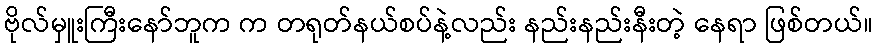
ဗိုလ်မှူးကြီးနော်ဘူက က တရုတ်နယ်စပ်နဲ့လည်း နည်းနည်းနီးတဲ့ နေရာ ဖြစ်တယ်။